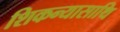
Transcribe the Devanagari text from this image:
शिकन्यासाथि